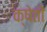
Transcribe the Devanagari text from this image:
क्षेतों